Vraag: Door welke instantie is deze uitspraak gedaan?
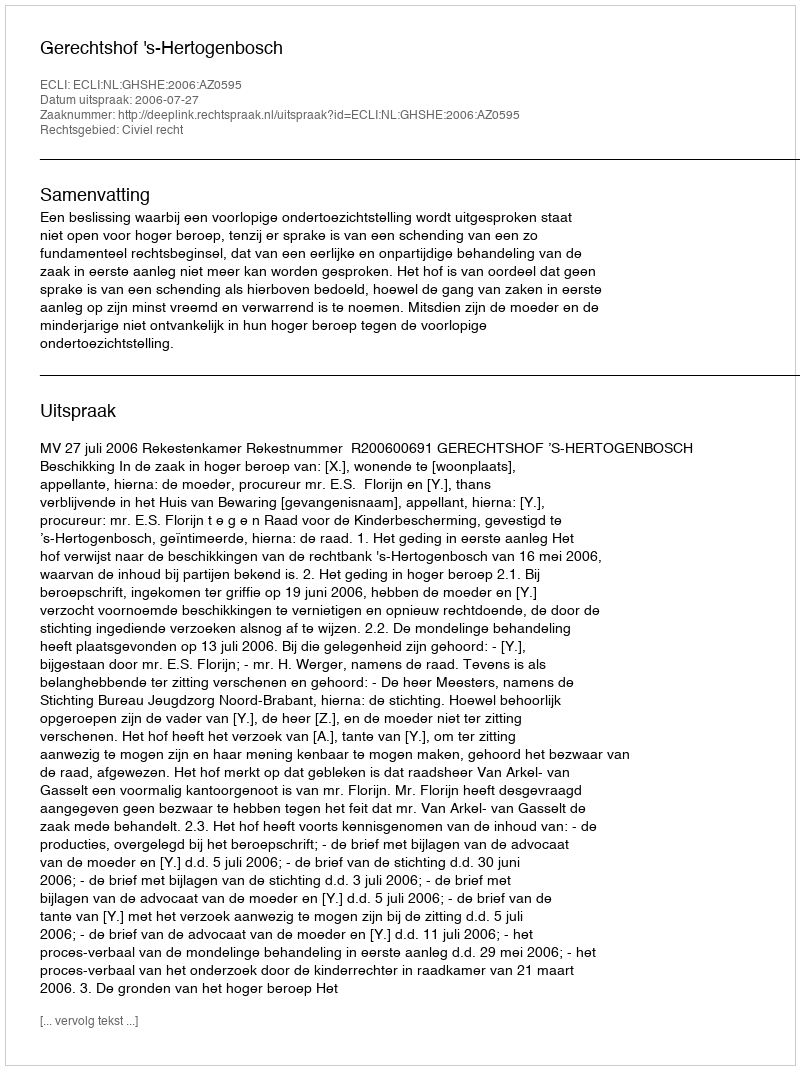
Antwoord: Gerechtshof 's-Hertogenbosch